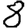
Digit: 8